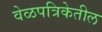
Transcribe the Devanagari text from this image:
वेळपत्रिकेतील